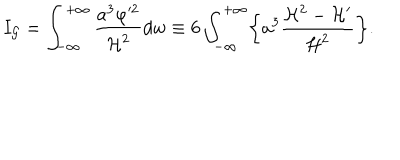
LaTeX: I _ { \cal G } = \int _ { - \infty } ^ { + \infty } \frac { a ^ { 3 } \varphi ^ { 2 } } { { \cal H } ^ { 2 } } d w \equiv 6 \int _ { - \infty } ^ { + \infty } \biggl \{ a ^ { 3 } \frac { { \cal H } ^ { 2 } - { \cal H } ^ { \prime } } { { \cal H } ^ { 2 } } \biggr \} .